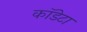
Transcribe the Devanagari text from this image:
कॉडेटा